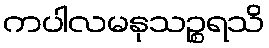
ကပါလမနုသဉ္စရသိ